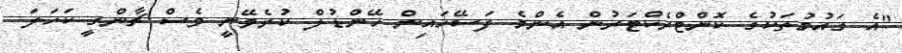
"އެ ގައުމުތަކުގެ ކޮންޓްރެކްޓަރުން އެންމެ ފަސޭހައިން ހޭންޑުލް ކުރެވޭނީ ވެސް ޗާންގީ ކަހަލަ